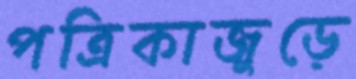
পত্রিকাজুড়ে